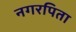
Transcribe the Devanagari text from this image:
नगरपिता